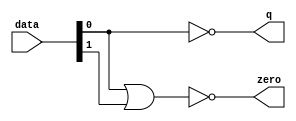
module  fp_add_v1_altpriority_encoder_nh8
	( 
	data,
	q,
	zero) ;
	input   [1:0]  data;
	output   [0:0]  q;
	output   zero;
	assign
		q = {(~ data[0])},
		zero = (~ (data[0] | data[1]));
endmodule